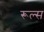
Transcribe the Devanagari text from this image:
रूल्‍स